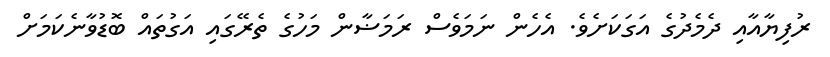
ރުފިޔާއާއި ދެމެދުގެ އަގަކަށެވެ. އެހެން ނަމަވެސް ރަމަޟާން މަހުގެ ތެރޭގައި އަގުތައް ބޮޑުވާނެކަމަށް